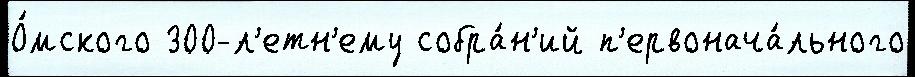
О́мского 300-л'етн'ему собра́н'ий п'ервонача́льного